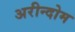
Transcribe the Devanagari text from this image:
अरीन्दोम